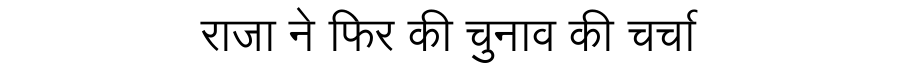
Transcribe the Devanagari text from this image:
राजा ने फिर की चुनाव की चर्चा